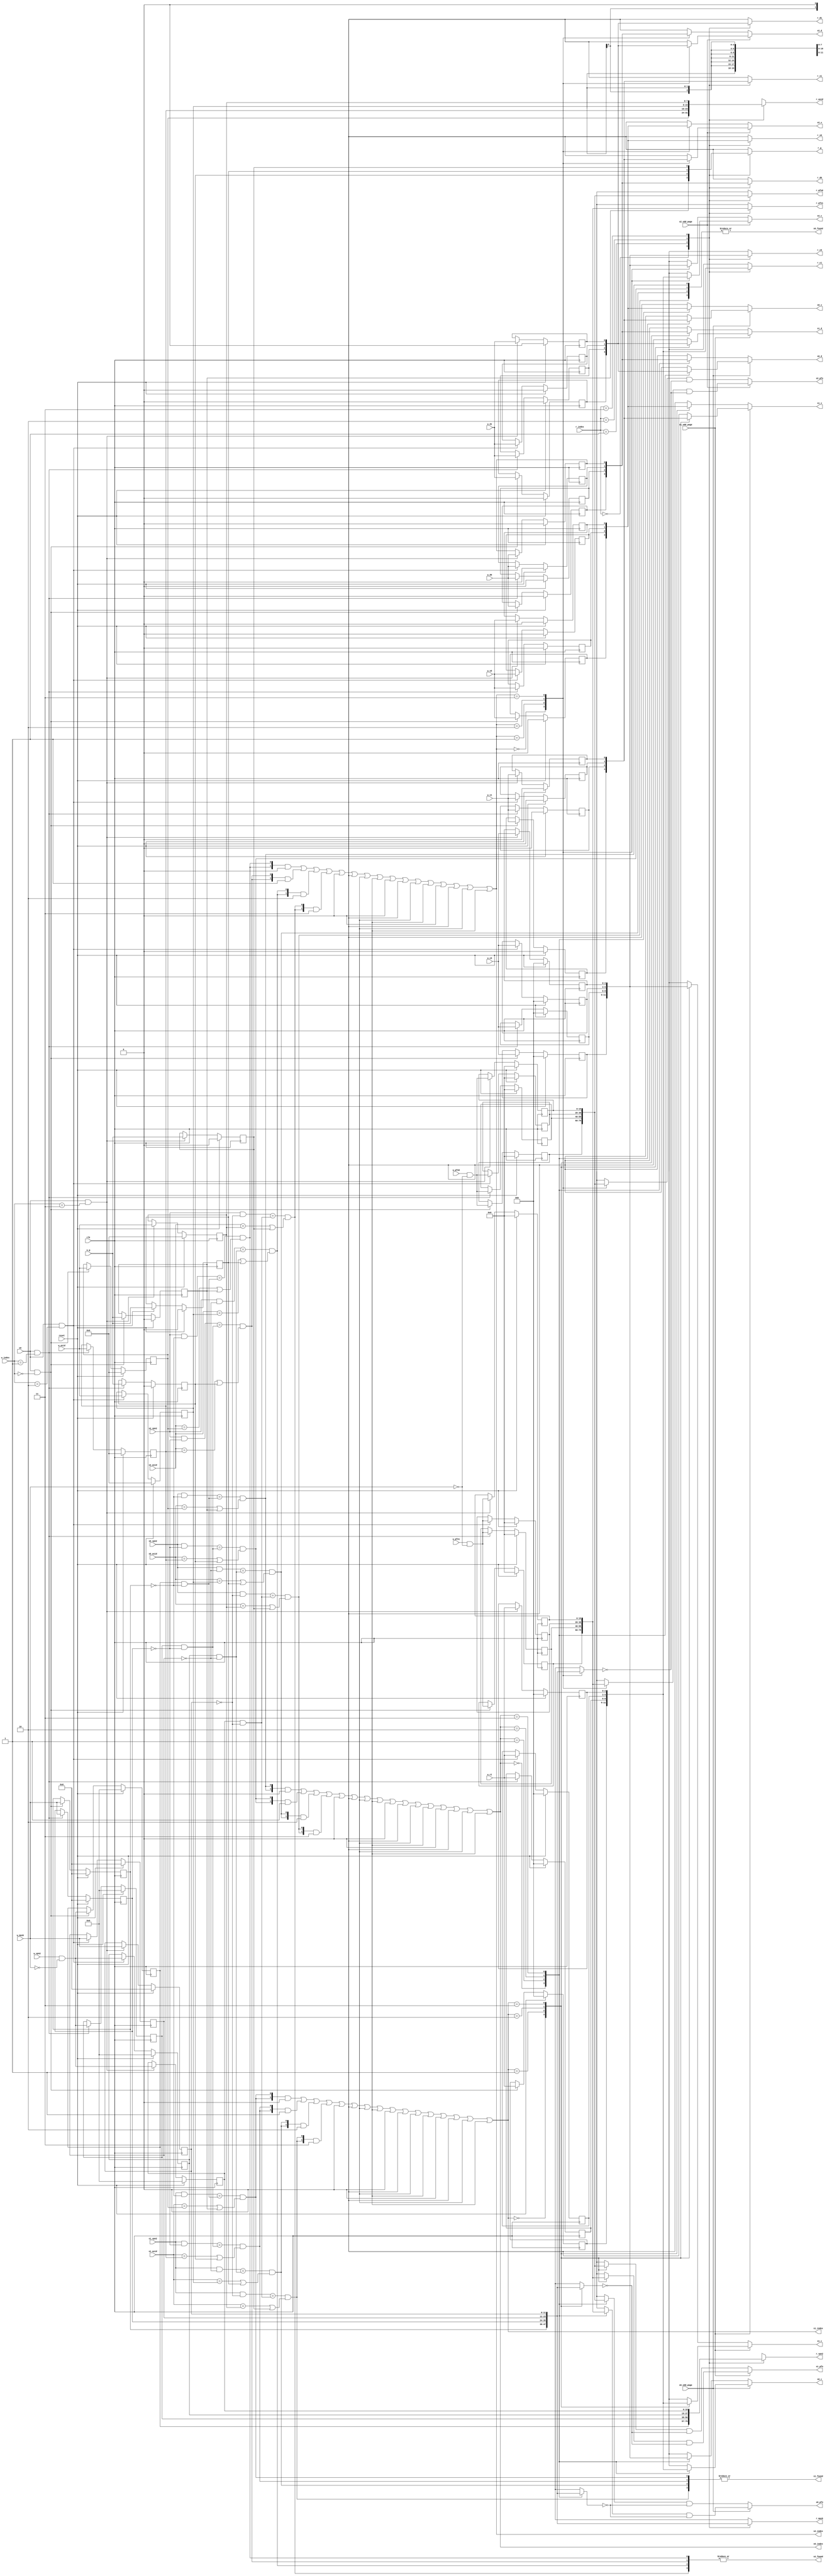
module tlb #
(
    parameter TLBNUM = 4
)
(     
    input                       clk, 
    input                       reset,
    // search port 0
    input  [              18:0] s0_vpn2,
    input                       s0_odd_page,
    input  [               7:0] s0_asid,
    output                      s0_found,
    output [$clog2(TLBNUM)-1:0] s0_index,
    output [              19:0] s0_pfn,
    output [               2:0] s0_c,
    output                      s0_d,
    output                      s0_v, 
    // search port 1
    input  [              18:0] s1_vpn2,
    input                       s1_odd_page,
    input  [               7:0] s1_asid,
    output                      s1_found,
    output [$clog2(TLBNUM)-1:0] s1_index,
    output [              19:0] s1_pfn,
    output [               2:0] s1_c,
    output                      s1_d,
    output                      s1_v, 
    // search port 2
    input  [              18:0] s2_vpn2,
    input                       s2_odd_page,
    input  [               7:0] s2_asid,
    output                      s2_found,
    output [$clog2(TLBNUM)-1:0] s2_index,
    output [              19:0] s2_pfn,
    output [               2:0] s2_c,
    output                      s2_d,
    output                      s2_v, 
    // write port
    input                       we,
    input  [              11:0] w_mask,
    input  [$clog2(TLBNUM)-1:0] w_index,
    input  [              18:0] w_vpn2,
    input  [               7:0] w_asid,
    input                       w_g,
    input  [              19:0] w_pfn0, 
    input  [               2:0] w_c0,
    input                       w_d0,
    input                       w_v0,
    input  [              19:0] w_pfn1,
    input  [               2:0] w_c1,
    input                       w_d1,
    input                       w_v1, 
    // read port
    input  [$clog2(TLBNUM)-1:0] r_index,
    output [              11:0] r_mask,
    output [              18:0] r_vpn2,
    output [               7:0] r_asid,
    output                      r_g,
    output [              19:0] r_pfn0,
    output [               2:0] r_c0,
    output                      r_d0,
    output                      r_v0,
    output [              19:0] r_pfn1,
    output [               2:0] r_c1,
    output                      r_d1,
    output                      r_v1
);
    reg  [11:0] tlb_mask     [TLBNUM-1:0];
    reg  [18:0] tlb_vpn2     [TLBNUM-1:0];
    reg  [ 7:0] tlb_asid     [TLBNUM-1:0];
    reg         tlb_g        [TLBNUM-1:0];
    reg  [19:0] tlb_pfn0     [TLBNUM-1:0];
    reg  [ 2:0] tlb_c0       [TLBNUM-1:0];
    reg         tlb_d0       [TLBNUM-1:0];
    reg         tlb_v0       [TLBNUM-1:0];
    reg  [19:0] tlb_pfn1     [TLBNUM-1:0];
    reg  [ 2:0] tlb_c1       [TLBNUM-1:0];
    reg         tlb_d1       [TLBNUM-1:0];
    reg         tlb_v1       [TLBNUM-1:0]; 

    wire [TLBNUM-1:0] match0;
    wire [TLBNUM-1:0] match1;
    wire [TLBNUM-1:0] match2;

    // search
    genvar i;
    generate
        for (i = 0; i < TLBNUM; i = i + 1)
        begin : match_0
            assign match0[i] = ((s0_vpn2 & ~tlb_mask[i]) ==(tlb_vpn2[i] & ~tlb_mask[i])) && ((s0_asid==tlb_asid[i]) || tlb_g[i]);
        end
    endgenerate

    assign s0_found = |match0;
    assign s0_index = ({4{match0[ 0]}} & 4'h0) |
                      ({4{match0[ 1]}} & 4'h1) |
                      ({4{match0[ 2]}} & 4'h2) |
                      ({4{match0[ 3]}} & 4'h3) |
                      ({4{match0[ 4]}} & 4'h4) |
                      ({4{match0[ 5]}} & 4'h5) |
                      ({4{match0[ 6]}} & 4'h6) |
                      ({4{match0[ 7]}} & 4'h7) |
                      ({4{match0[ 8]}} & 4'h8) |
                      ({4{match0[ 9]}} & 4'h9) |
                      ({4{match0[10]}} & 4'ha) |
                      ({4{match0[11]}} & 4'hb) |
                      ({4{match0[12]}} & 4'hc) |
                      ({4{match0[13]}} & 4'hd) |
                      ({4{match0[14]}} & 4'he) |
                      ({4{match0[15]}} & 4'hf);
    assign s0_pfn   = s0_odd_page ?
                      tlb_pfn1 [s0_index] & ~tlb_mask[s0_index]:
                      tlb_pfn0 [s0_index] & ~tlb_mask[s0_index];
    assign s0_c     = s0_odd_page ?
                      tlb_c1   [s0_index] :
                      tlb_c0   [s0_index];
    assign s0_d     = s0_odd_page ?
                      tlb_d1   [s0_index] :
                      tlb_d0   [s0_index];
    assign s0_v     = s0_odd_page ?
                      tlb_v1   [s0_index] :
                      tlb_v0   [s0_index];

    generate
        for (i = 0; i < TLBNUM; i = i + 1)
        begin : match_1
            assign match1[i] = ((s1_vpn2 & ~tlb_mask[i]) ==(tlb_vpn2[i] & ~tlb_mask[i])) && ((s1_asid==tlb_asid[i]) || tlb_g[i]);
        end
    endgenerate

    assign s1_found = |match1;
    assign s1_index = ({4{match1[ 0]}} & 4'h0) |
                      ({4{match1[ 1]}} & 4'h1) |
                      ({4{match1[ 2]}} & 4'h2) |
                      ({4{match1[ 3]}} & 4'h3) |
                      ({4{match1[ 4]}} & 4'h4) |
                      ({4{match1[ 5]}} & 4'h5) |
                      ({4{match1[ 6]}} & 4'h6) |
                      ({4{match1[ 7]}} & 4'h7) |
                      ({4{match1[ 8]}} & 4'h8) |
                      ({4{match1[ 9]}} & 4'h9) |
                      ({4{match1[10]}} & 4'ha) |
                      ({4{match1[11]}} & 4'hb) |
                      ({4{match1[12]}} & 4'hc) |
                      ({4{match1[13]}} & 4'hd) |
                      ({4{match1[14]}} & 4'he) |
                      ({4{match1[15]}} & 4'hf);
    assign s1_pfn   = s1_odd_page ?
                      tlb_pfn1 [s1_index] & ~tlb_mask[s1_index]:
                      tlb_pfn0 [s1_index] & ~tlb_mask[s1_index];
    assign s1_c     = s1_odd_page ?
                      tlb_c1   [s1_index] :
                      tlb_c0   [s1_index];
    assign s1_d     = s1_odd_page ?
                      tlb_d1   [s1_index] :
                      tlb_d0   [s1_index];
    assign s1_v     = s1_odd_page ?
                      tlb_v1   [s1_index] :
                      tlb_v0   [s1_index];

    generate
        for (i = 0; i < TLBNUM; i = i + 1)
        begin : match_2
            assign match2[i] = ((s2_vpn2 & ~tlb_mask[i]) ==(tlb_vpn2[i] & ~tlb_mask[i]) ) && ((s2_asid==tlb_asid[i]) || tlb_g[i]);
        end
    endgenerate

    assign s2_found = |match2;
    assign s2_index = ({4{match2[ 0]}} & 4'h0) |
                      ({4{match2[ 1]}} & 4'h1) |
                      ({4{match2[ 2]}} & 4'h2) |
                      ({4{match2[ 3]}} & 4'h3) |
                      ({4{match2[ 4]}} & 4'h4) |
                      ({4{match2[ 5]}} & 4'h5) |
                      ({4{match2[ 6]}} & 4'h6) |
                      ({4{match2[ 7]}} & 4'h7) |
                      ({4{match2[ 8]}} & 4'h8) |
                      ({4{match2[ 9]}} & 4'h9) |
                      ({4{match2[10]}} & 4'ha) |
                      ({4{match2[11]}} & 4'hb) |
                      ({4{match2[12]}} & 4'hc) |
                      ({4{match2[13]}} & 4'hd) |
                      ({4{match2[14]}} & 4'he) |
                      ({4{match2[15]}} & 4'hf);
    assign s2_pfn   = s2_odd_page ?
                      tlb_pfn1 [s2_index] & ~tlb_mask[s2_index]:
                      tlb_pfn0 [s2_index] & ~tlb_mask[s2_index];
    assign s2_c     = s2_odd_page ?
                      tlb_c1   [s2_index] :
                      tlb_c0   [s2_index];
    assign s2_d     = s2_odd_page ?
                      tlb_d1   [s2_index] :
                      tlb_d0   [s2_index];
    assign s2_v     = s2_odd_page ?
                      tlb_v1   [s2_index] :
                      tlb_v0   [s2_index];
    // write
    generate
        for (i = 0; i < TLBNUM; i = i + 1)
        begin : reset_tlb
            always @(posedge clk) begin
                if (reset) begin
                    tlb_mask[i]  <= 12'd0;
                    tlb_vpn2 [i] <= 0;
                    tlb_asid [i] <= 0;
                    tlb_g    [i] <= 0;
                    tlb_pfn0 [i] <= 0;
                    tlb_c0   [i] <= 0;
                    tlb_d0   [i] <= 0;
                    tlb_v0   [i] <= 0;
                    tlb_pfn1 [i] <= 0;
                    tlb_c1   [i] <= 0;
                    tlb_d1   [i] <= 0;
                    tlb_v1   [i] <= 0;
                end else if (we && w_index == i) begin
                    tlb_mask [i] <= w_mask;
                    tlb_vpn2 [i] <= w_vpn2 & ~w_mask;
                    tlb_asid [i] <= w_asid;
                    tlb_g    [i] <= w_g;
                    tlb_pfn0 [i] <= w_pfn0 & ~w_mask;
                    tlb_c0   [i] <= w_c0;
                    tlb_d0   [i] <= w_d0;
                    tlb_v0   [i] <= w_v0;
                    tlb_pfn1 [i] <= w_pfn1 & ~w_mask;
                    tlb_c1   [i] <= w_c1;
                    tlb_d1   [i] <= w_d1;
                    tlb_v1   [i] <= w_v1;
                end
            end
        end
    endgenerate
/*
    always @(posedge clk) begin
        if (!reset && we) begin
            tlb_vpn2 [w_index] <= w_vpn2;
            tlb_asid [w_index] <= w_asid;
            tlb_g    [w_index] <= w_g;
            tlb_pfn0 [w_index] <= w_pfn0;
            tlb_c0   [w_index] <= w_c0;
            tlb_d0   [w_index] <= w_d0;
            tlb_v0   [w_index] <= w_v0;
            tlb_pfn1 [w_index] <= w_pfn1;
            tlb_c1   [w_index] <= w_c1;
            tlb_d1   [w_index] <= w_d1;
            tlb_v1   [w_index] <= w_v1;
        end
    end*/

    // read
    assign r_mask   = tlb_mask [r_index];
    assign r_vpn2   = tlb_vpn2 [r_index];
    assign r_asid   = tlb_asid [r_index];
    assign r_g      = tlb_g    [r_index];
    assign r_pfn0   = tlb_pfn0 [r_index];
    assign r_c0     = tlb_c0   [r_index];
    assign r_d0     = tlb_d0   [r_index];
    assign r_v0     = tlb_v0   [r_index];
    assign r_pfn1   = tlb_pfn1 [r_index];
    assign r_c1     = tlb_c1   [r_index];
    assign r_d1     = tlb_d1   [r_index];
    assign r_v1     = tlb_v1   [r_index];

endmodule